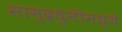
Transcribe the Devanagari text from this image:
सामुद्रधुनीमध्ये